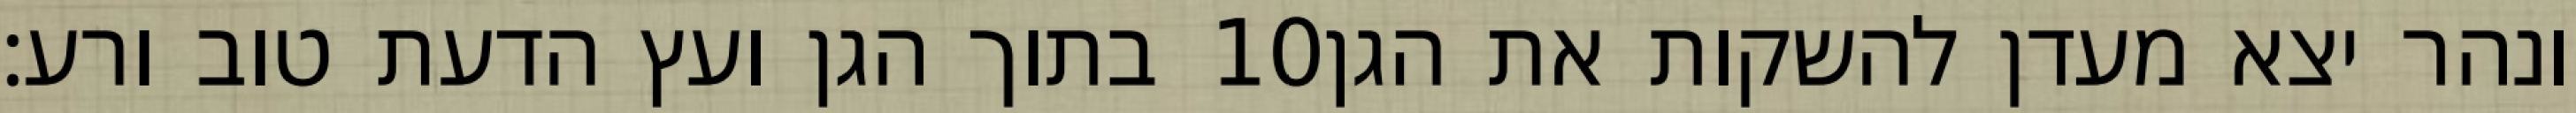
בתוך הגן ועץ הדעת טוב ורע׃ ‎10‏ ונהר יצא מעדן להשקות את הגן